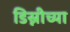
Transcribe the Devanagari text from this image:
डिस्नीच्या